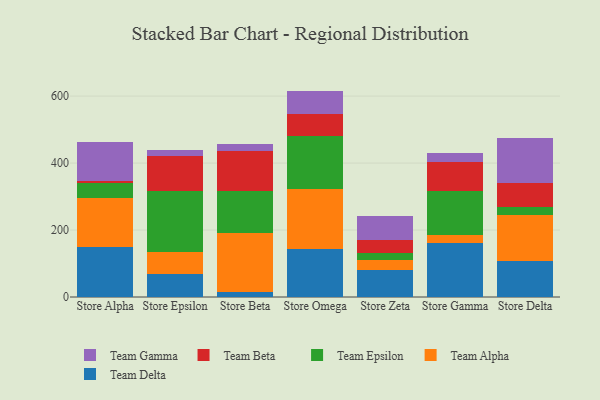
{"axis": {"x": "Store", "y": "Churn Rate (%)"}, "legend": ["Team Alpha", "Team Beta", "Team Delta", "Team Epsilon", "Team Gamma"], "data": [{"x": "Store Alpha", "y": 149.7, "type": "Team Delta"}, {"x": "Store Alpha", "y": 144.9, "type": "Team Alpha"}, {"x": "Store Alpha", "y": 47.2, "type": "Team Epsilon"}, {"x": "Store Alpha", "y": 6.0, "type": "Team Beta"}, {"x": "Store Alpha", "y": 114.5, "type": "Team Gamma"}, {"x": "Store Epsilon", "y": 68.0, "type": "Team Delta"}, {"x": "Store Epsilon", "y": 67.5, "type": "Team Alpha"}, {"x": "Store Epsilon", "y": 179.7, "type": "Team Epsilon"}, {"x": "Store Epsilon", "y": 105.9, "type": "Team Beta"}, {"x": "Store Epsilon", "y": 16.9, "type": "Team Gamma"}, {"x": "Store Beta", "y": 15.4, "type": "Team Delta"}, {"x": "Store Beta", "y": 175.4, "type": "Team Alpha"}, {"x": "Store Beta", "y": 124.5, "type": "Team Epsilon"}, {"x": "Store Beta", "y": 121.0, "type": "Team Beta"}, {"x": "Store Beta", "y": 19.6, "type": "Team Gamma"}, {"x": "Store Omega", "y": 143.1, "type": "Team Delta"}, {"x": "Store Omega", "y": 179.7, "type": "Team Alpha"}, {"x": "Store Omega", "y": 158.5, "type": "Team Epsilon"}, {"x": "Store Omega", "y": 65.0, "type": "Team Beta"}, {"x": "Store Omega", "y": 69.4, "type": "Team Gamma"}, {"x": "Store Zeta", "y": 80.5, "type": "Team Delta"}, {"x": "Store Zeta", "y": 31.0, "type": "Team Alpha"}, {"x": "Store Zeta", "y": 18.5, "type": "Team Epsilon"}, {"x": "Store Zeta", "y": 41.5, "type": "Team Beta"}, {"x": "Store Zeta", "y": 69.5, "type": "Team Gamma"}, {"x": "Store Gamma", "y": 161.6, "type": "Team Delta"}, {"x": "Store Gamma", "y": 23.5, "type": "Team Alpha"}, {"x": "Store Gamma", "y": 130.3, "type": "Team Epsilon"}, {"x": "Store Gamma", "y": 86.9, "type": "Team Beta"}, {"x": "Store Gamma", "y": 28.9, "type": "Team Gamma"}, {"x": "Store Delta", "y": 107.5, "type": "Team Delta"}, {"x": "Store Delta", "y": 138.6, "type": "Team Alpha"}, {"x": "Store Delta", "y": 23.6, "type": "Team Epsilon"}, {"x": "Store Delta", "y": 71.6, "type": "Team Beta"}, {"x": "Store Delta", "y": 134.6, "type": "Team Gamma"}]}